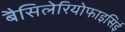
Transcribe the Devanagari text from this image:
बैसिलेरियोफाइसिई